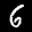
Label: 6